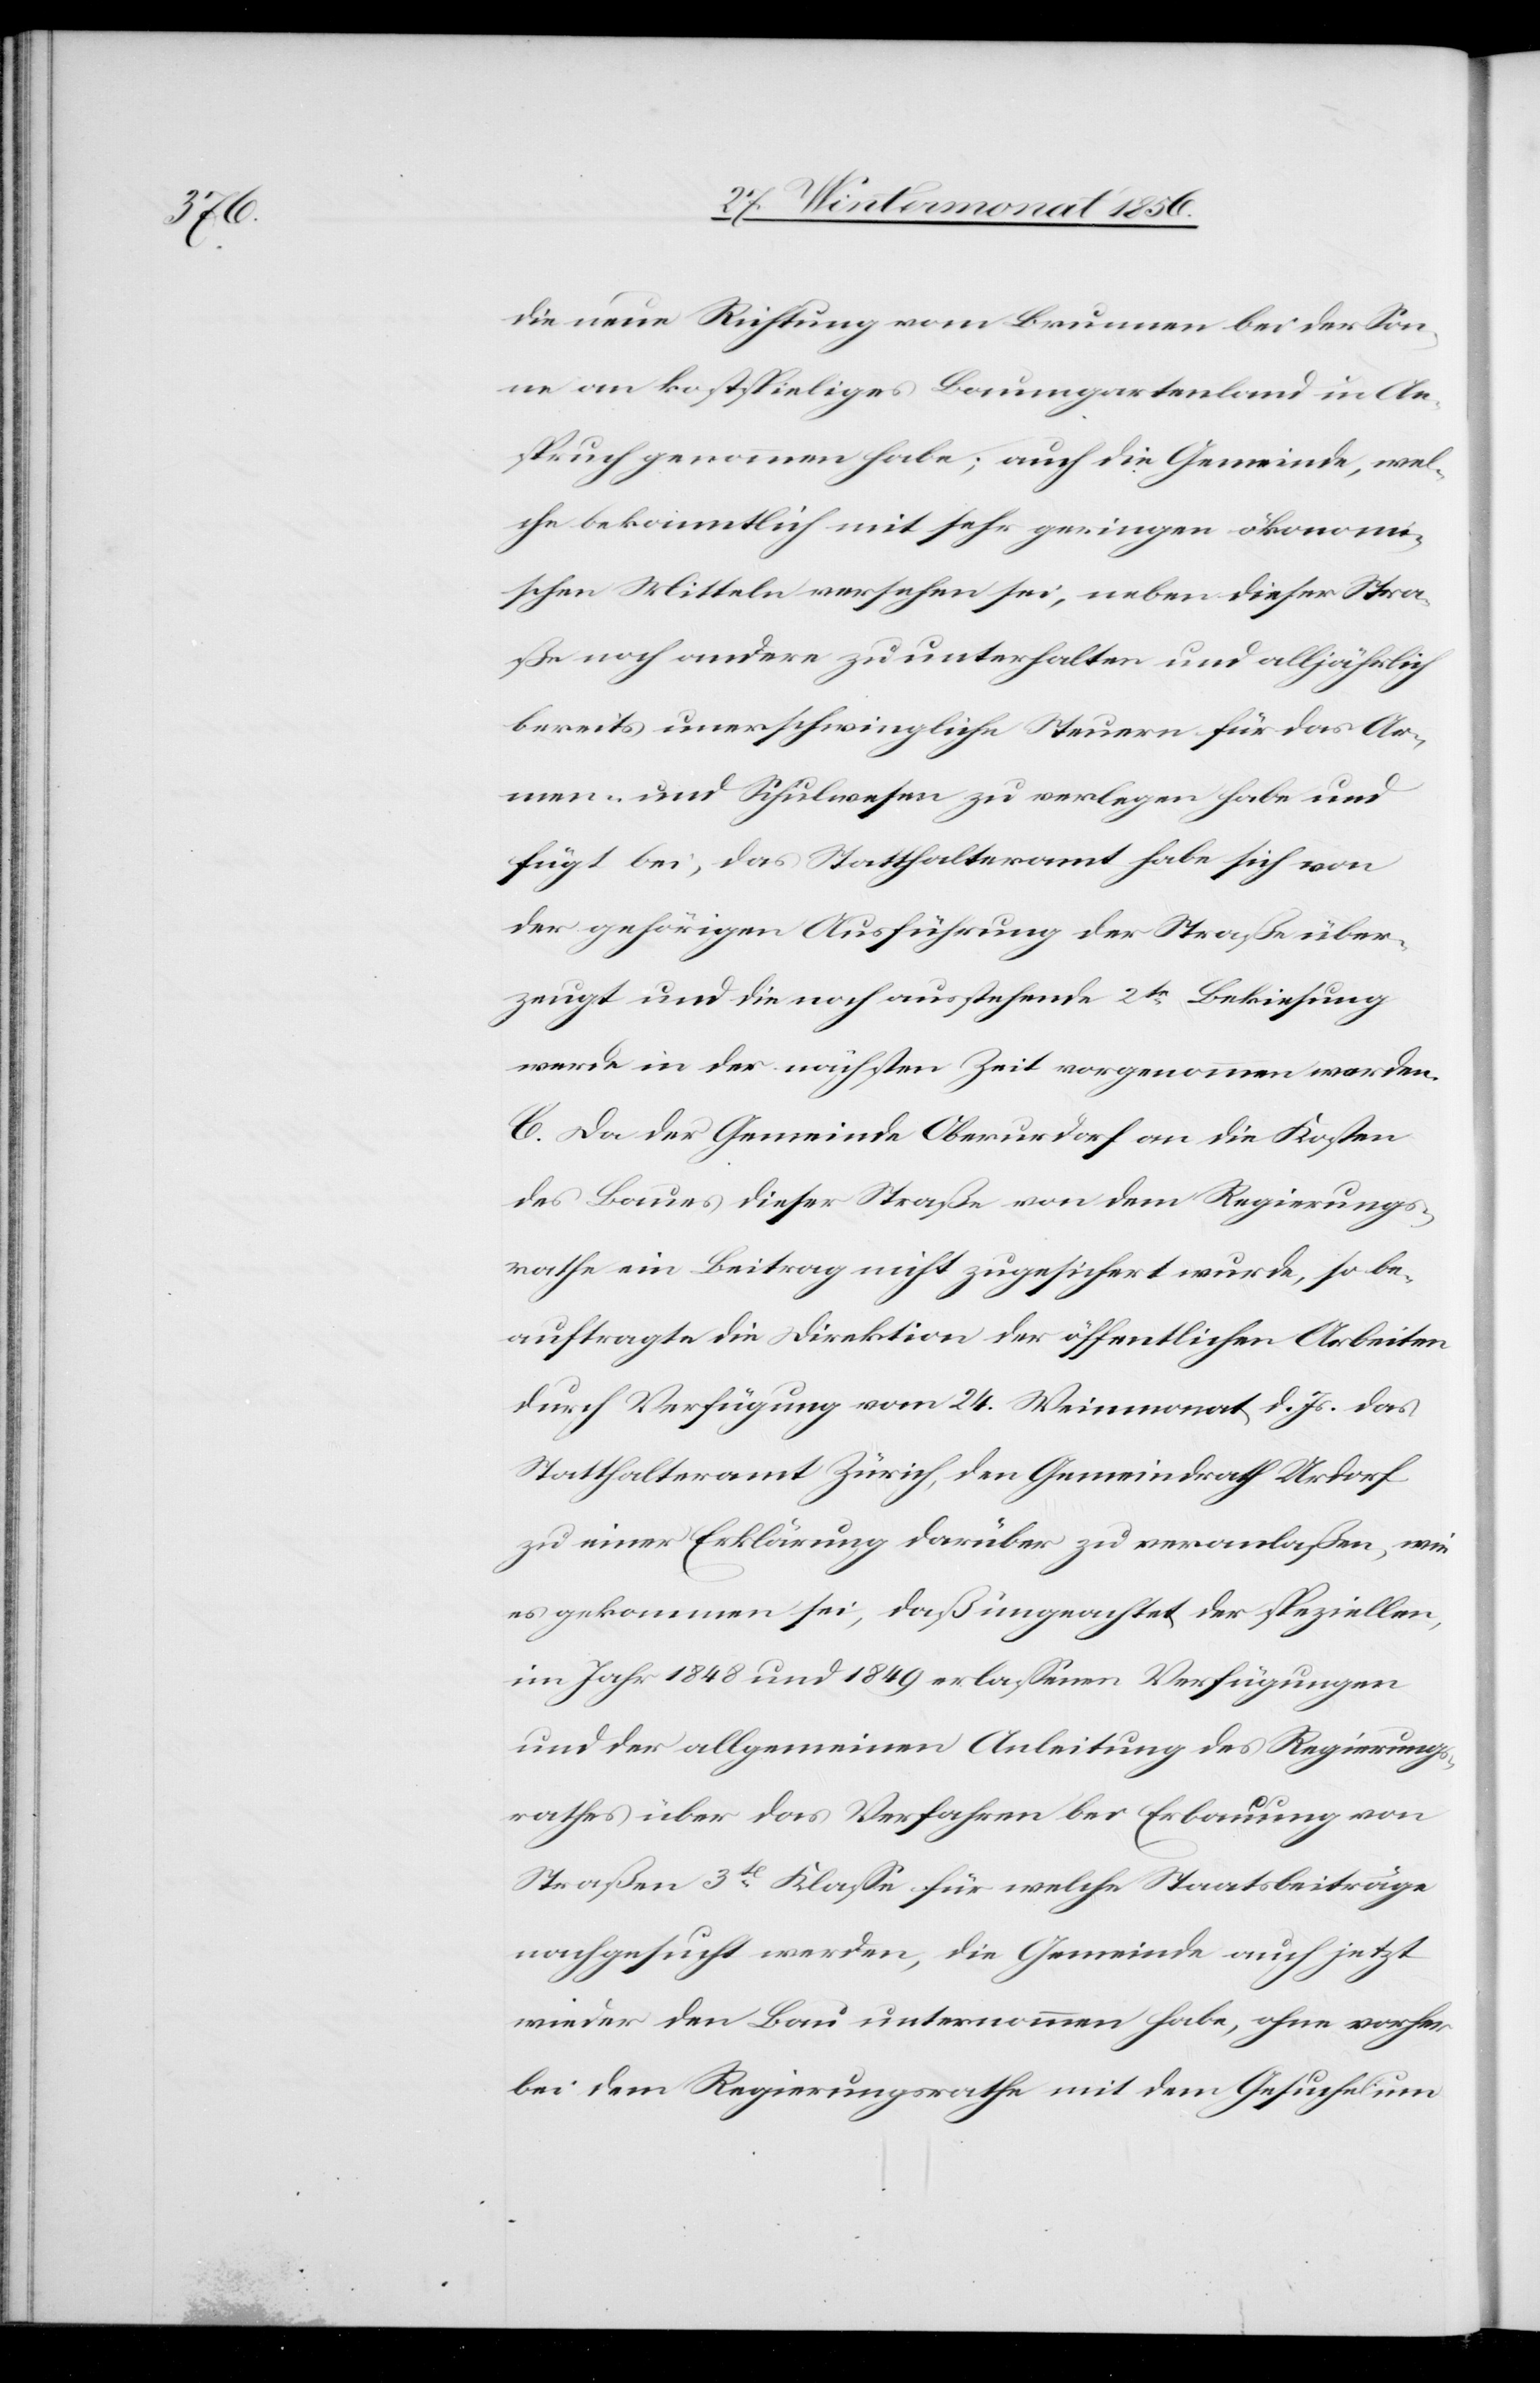
die neue Richtung vom Brunnen bei der Son¬
ne an kostspieliges Baumgartenland in An¬
spruch genommen habe; auch die Gemeinde, wel¬
che bekanntlich mit sehr geringen ökonomi¬
schen Mitteln versehen sei, neben dieser Stra¬
ße noch andere zu unterhalten und alljährlich
bereits unerschwingliche Steuern für das Ar¬
men- und Schulwesen zu verlegen habe und
fügt bei, das Statthalteramt habe sich von
der gehörigen Ausführung der Straße über¬
zeugt und die noch ausstehende 2te Bekiesung
werde in der nächsten Zeit vorgenommen werden.
C. Da der Gemeinde Oberurdorf an die Kosten
des Baues dieser Straße von dem Regierungs¬
rathe ein Beitrag nicht zugesichert wurde, so be¬
auftragte die Direktion der öffentlichen Arbeiten
durch Verfügung vom 24. Weinmonat d. Js. das
Statthalteramt Zürich, den Gemeindrath Urdorf
zu einer Erklärung darüber zu veranlaßen, wie
es gekommen sei, daß ungeachtet der speziellen,
im Jahr 1848 und 1849 erlassenen Verfügungen
und der allgemeinen Anleitung des Regierungs¬
rathes über das Verfahren bei Erbauung von
Straßen 3t Klasse für welche Staatsbeiträge
nachgesucht werden, die Gemeinde auch jetzt
wieder den Bau unternommen habe, ohne vorher
bei dem Regierungsrathe mit dem Gesuche um